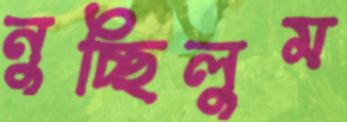
নুচ্ছিলুম